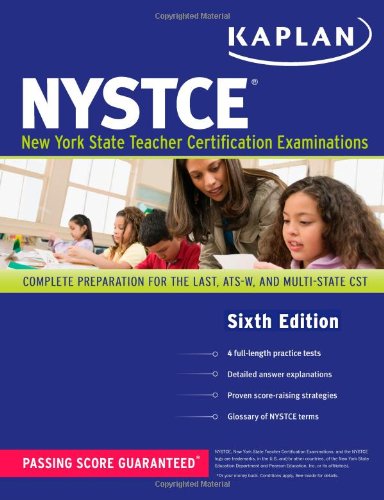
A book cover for Kaplan NYSTCE: Complete Preparation for the LAST, ATS-W, and Multi-Subject CST (Kaplan Test Prep); Kaplan; Test Preparation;